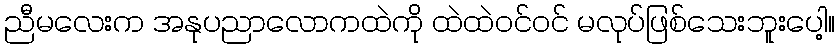
ညီမလေးက အနုပညာလောကထဲကို ထဲထဲဝင်ဝင် မလုပ်ဖြစ်သေးဘူးပေါ့။